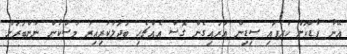
އޭނާ ފާޑަކަށް ހުރެފައި ސިޑިން އަރައިގެން ގޮސް އެއްޗެހި ބަދަލުކުރިއިރު މުސްކާން ނަންބަރަށް